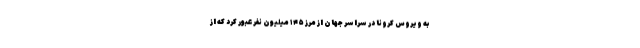
به ویروس کرونا در سراسر جهان از مرز ۱۴۵ میلیون نفر عبور کرد که از